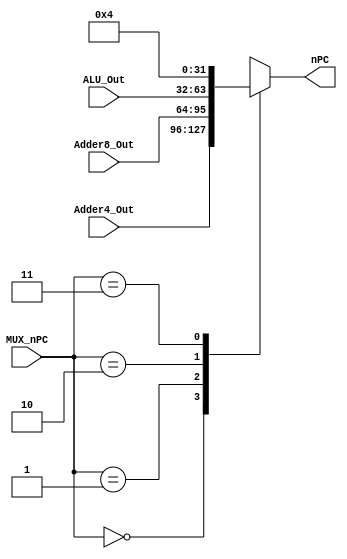
module Multiplexer_nPC (
				output reg [31:0] nPC,
				input [31:0] Adder4_Out,
				input [31:0] Adder8_Out,
				input [31:0] ALU_Out,
				input [1:0] MUX_nPC
				);
		
	always @*
		begin
		case (MUX_nPC)
			2'b00:	// nPC + 4, TBR + 4
				begin
				nPC = Adder4_Out;
				end
			2'b01:	// nPC + 8
				begin
				nPC = Adder8_Out;
				end
			2'b10:	// PC + 4*disp30, PC + 4*disp22, rs1 + rs2, rs1 + simm13
				begin
				nPC = ALU_Out;
				end
			2'b11:	// Constant 4, from Reset trap
				begin
				nPC = 32'h4;
				end
			default:
				begin
				//$display("Invalid MUX_nPC Control Signal: %d", MUX_nPC);
				end
		endcase
		end
endmodule